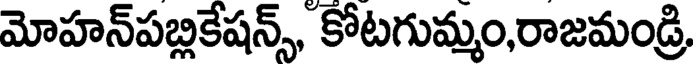
మోహన్పబ్లికేషన్స్, కోటగుమ్మం,రాజమండ్రి,